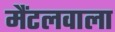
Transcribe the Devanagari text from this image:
मैंटलवाला